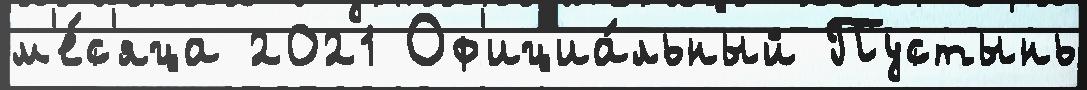
м'е́с'яца 2021 Оф'ициа́льный Пустынь